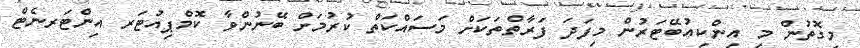
މިގޮތުން މި އިންކިއުބޭޓަރުން މިފަދަ ފަރާތްތަކަށް މަސައްކަތް ކުރުމަށް ބޭނުންވާ ކޮމްޕިއުޓަރ އިންޓަރނެޓް